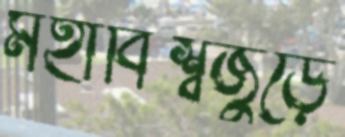
মহাবিশ্বজুড়ে